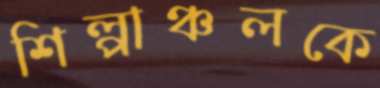
শিল্পাঞ্চলকে